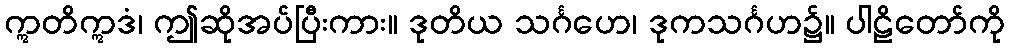
ဣတိဣဒံ၊ ဤဆိုအပ်ပြီးကား။ ဒုတိယ သင်္ဂဟေ၊ ဒုကသင်္ဂဟ၌။ ပါဠိတော်ကို